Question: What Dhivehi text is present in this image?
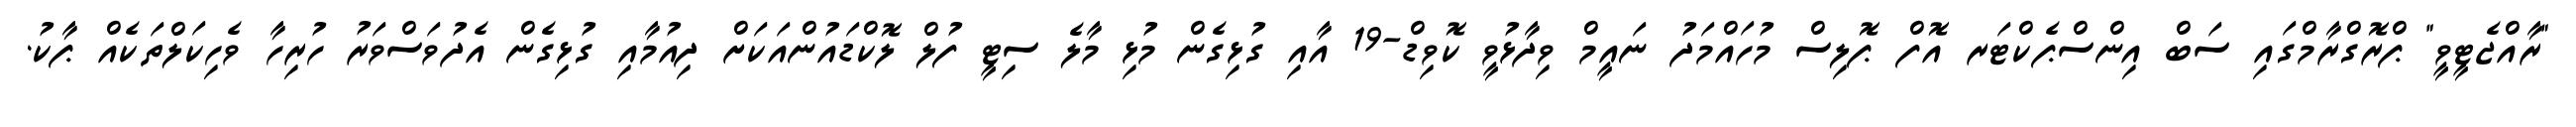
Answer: "ރާއްޖެޓީވީ" ޕްރޮގްރާމްގައި ސަބް އިންސްޕެކްޓަރ އޮފް ޕޮލިސް މުހައްމަދު ނައީމް ވިދާޅުވީ ކޮވިޑް-19 އާއި ގުޅިގެން މުޅި މާލެ ސިޓީ ފުލް ލޮކްޑައުންއަކަށް ދިއުމާއި ގުޅިގެން އެދުވަސްވަރު ހުރިހާ ވެހިކަލްތަކެއް ޕާކު.